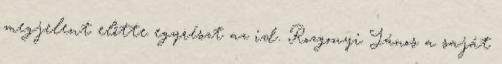
megjelent előtte egyrészt az id. Rozgonyi János a saját